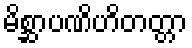
မိစ္ဆာပဏိဟိတတ္တာ